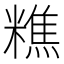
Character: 𥼚